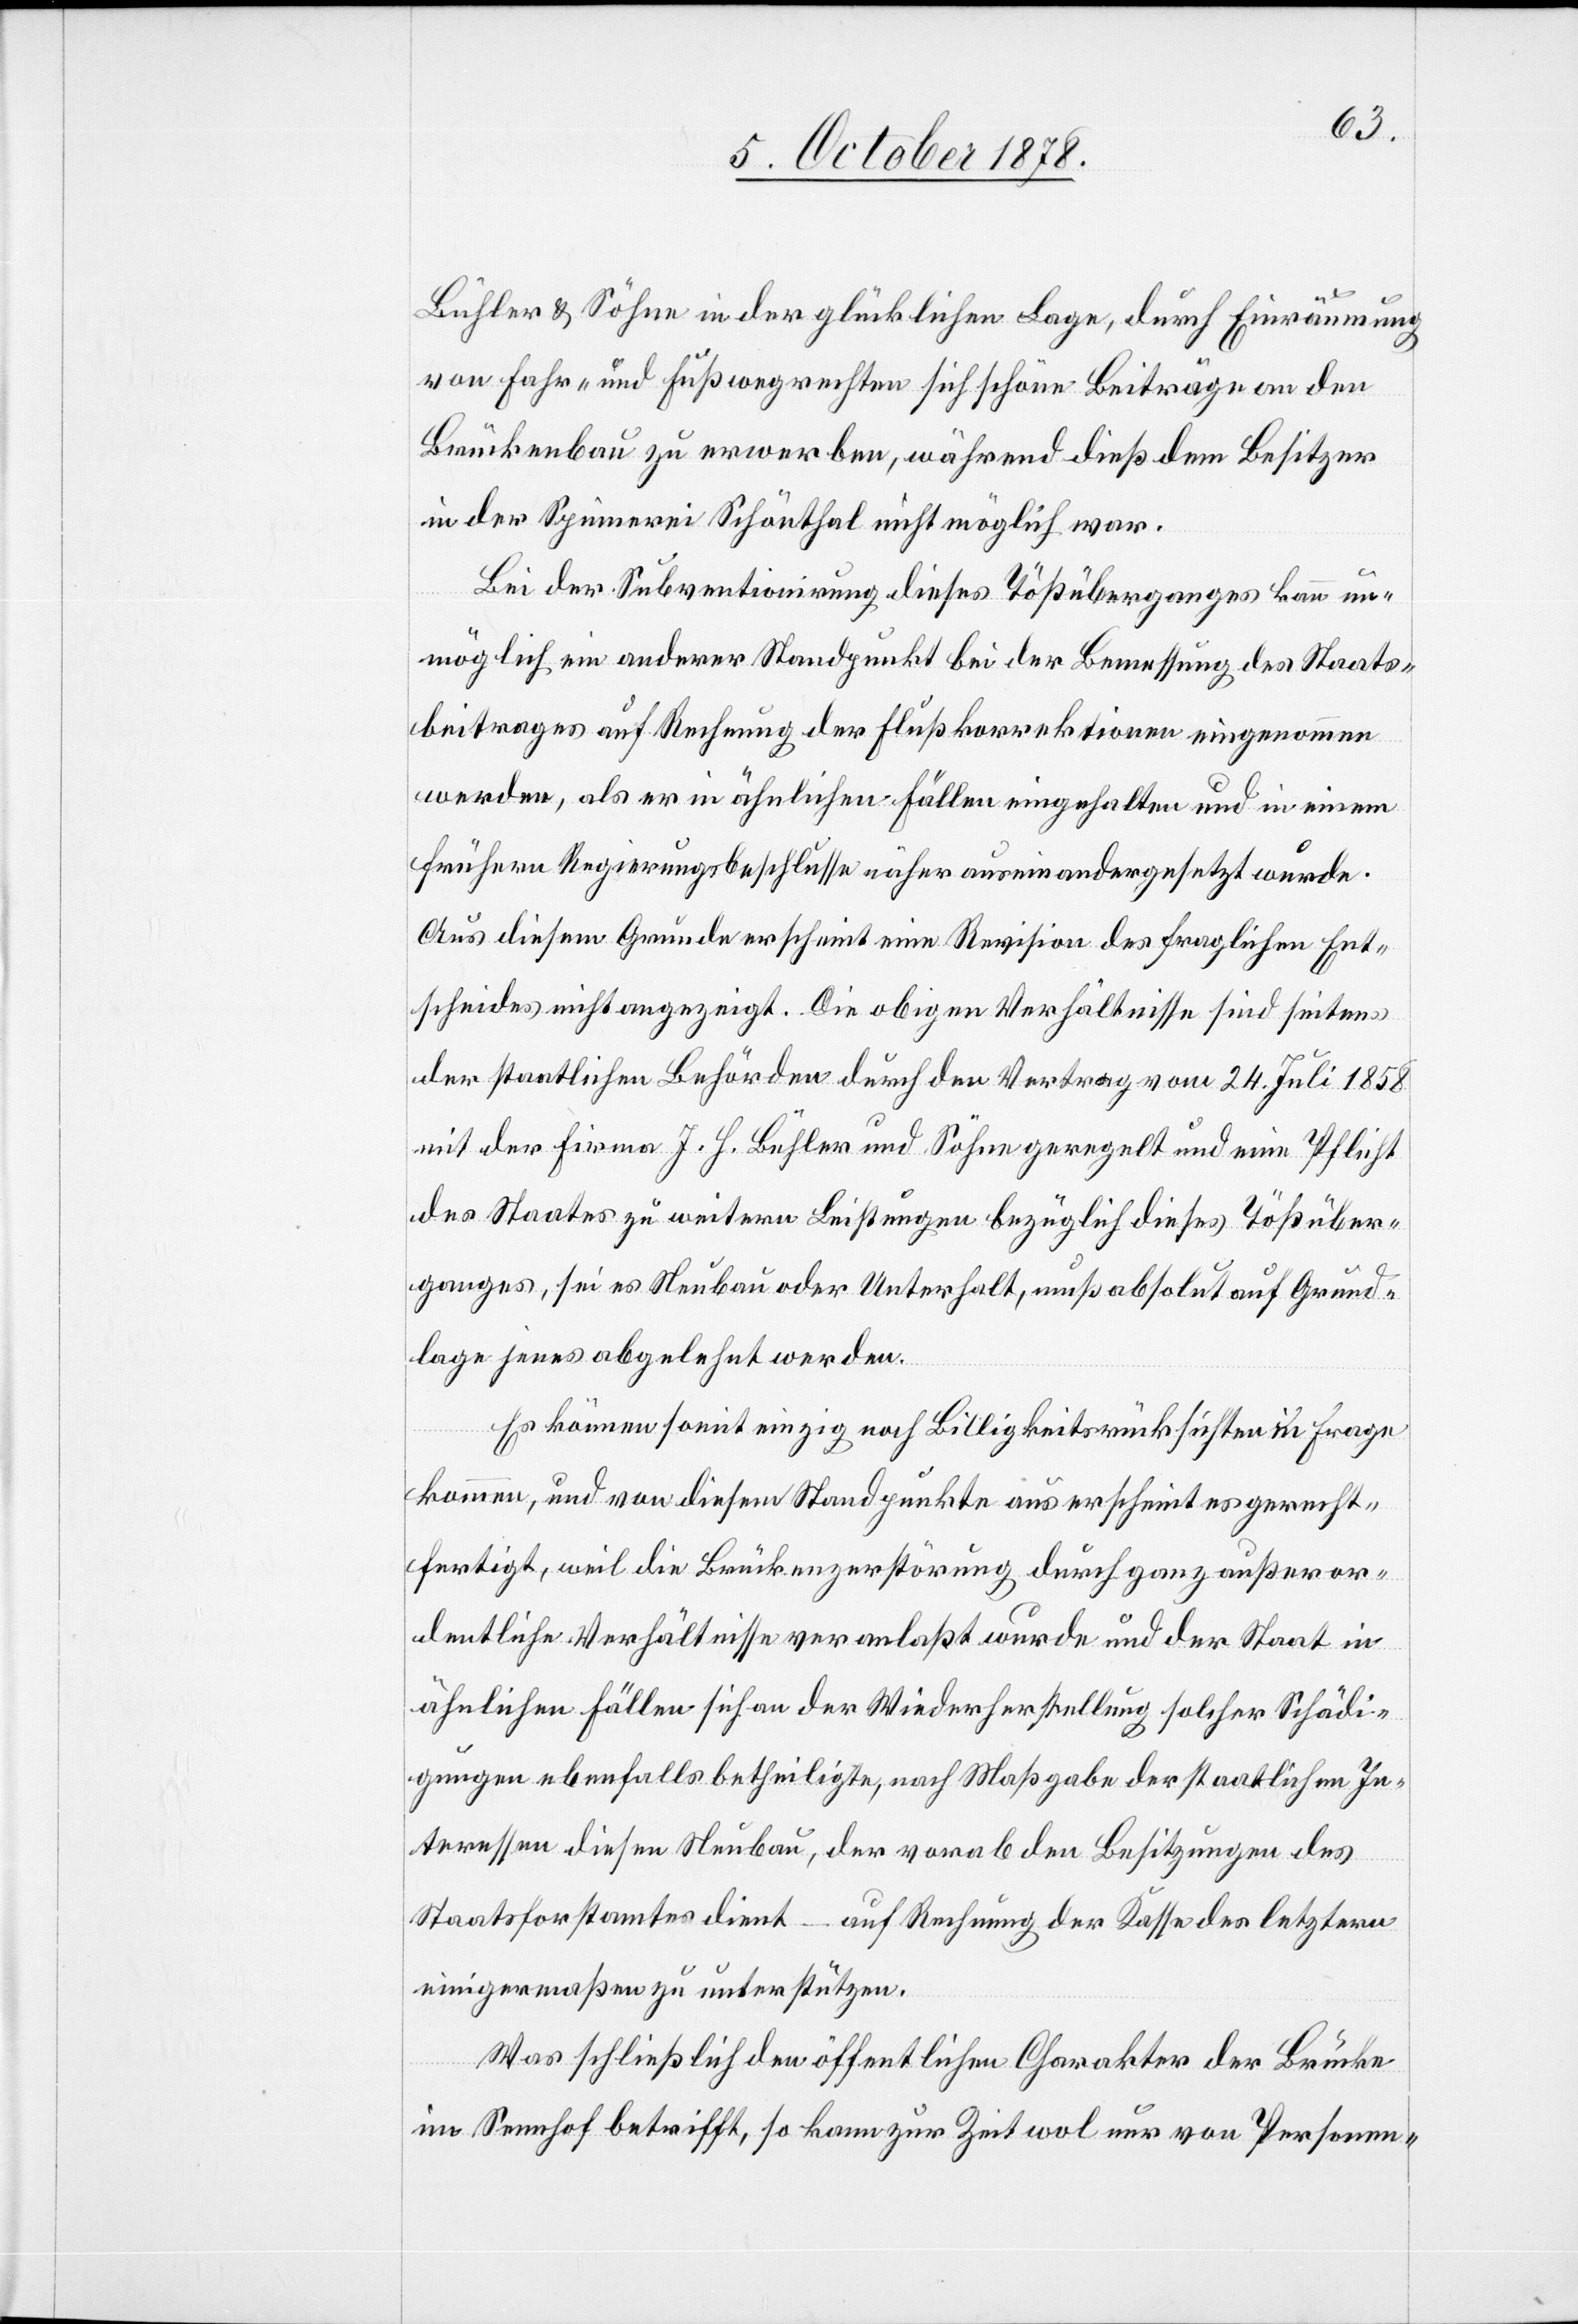
Bühler & Söhne in der glücklichen Lage, durch Einräumung
von Fahr- und Fußwegrechten sich schöne Beiträge an den
Brückenbau zu erwerben, während dieß dem Besitzer
in der Spinnerei Schönthal nicht möglich war.
Bei der Subventionirung dieses Tößüberganges kann un¬
möglich ein anderer Standpunkt bei der Bemessung des Staats¬
beitrages auf Rechnung der Flußkorrektionen eingenommen
werden, als er in ähnlichen Fällen eingehalten und in einem
frühern Regierungsbeschlusse näher auseinandergesetzt wurde.
Aus diesem Grunde erscheint eine Revision des fraglichen Ent¬
scheides nicht angezeigt. Die obigen Verhältnisse sind seitens
der staatlichen Behörden durch den Vertrag vom 24. Juli 1858
mit der Firma J. H. Bühler und Söhne geregelt und eine Pflicht
des Staates zu weitern Leistungen bezüglich dieses Tößüber¬
ganges, sei es Neubau oder Unterhalt, muß absolut auf Grund¬
lage jenes abgelegt werden.
Es können somit einzig noch Billigkeitsrücksichten in Frage
kommen, und von diesem Standpunkte aus erscheint es gerecht¬
fertigt, weil die Brückenzerstörung durch ganz außeror¬
dentliche Verhältnisse veranlaßt wurde und der Staat in
ähnlichen Fällen sich der Wiederherstellung solcher Schädi¬
gungen ebenfalls betheiligte, nach Maßgabe der staatlichen In¬
teressen diesen Neubau, der vorab den Besitzungen des
Staatsforstamtes dient – auf Rechnung der Kasse des letztern
einigermaßen zu unterstützen.
Was schließlich den öffentlichen Charakter der Brücke
im Sennhof betrifft, so kann zur Zeil wol nur von Personen-